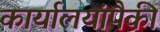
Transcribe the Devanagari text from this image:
कार्यालयांपैकी